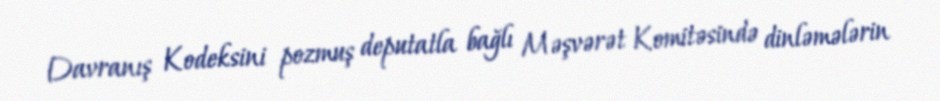
Davranış Kodeksini pozmuş deputatla bağlı Məşvərət Komitəsində dinləmələrin